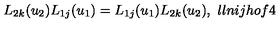
L _ { 2 k } ( u _ { 2 } ) L _ { 1 j } ( u _ { 1 } ) = L _ { 1 j } ( u _ { 1 } ) L _ { 2 k } ( u _ { 2 } ) , \ l l { n i j h o f 4 }